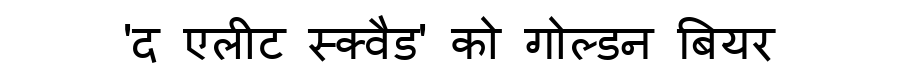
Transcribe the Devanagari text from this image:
'द एलीट स्क्वैड' को गोल्डन बियर